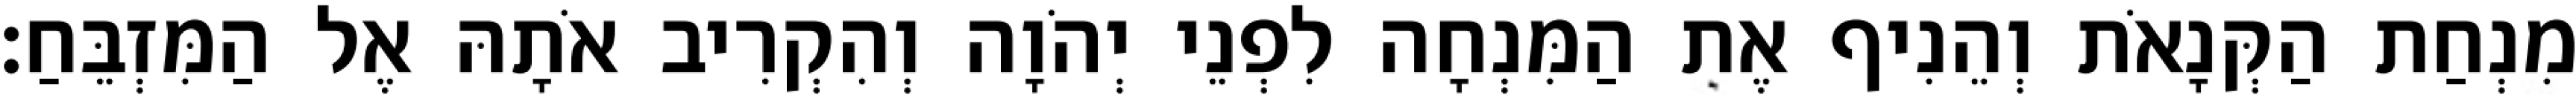
מִנְחַת הַקְּנָאֹת וְהֵנִיף אֶת הַמִּנְחָה לִפְנֵי יְהֹוָה וְהִקְרִיב אֹתָהּ אֶל הַמִּזְבֵּחַ׃